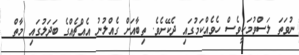
ނުވަތަ ލަސްވުމަކީވެސް ހެވެއްކަމުގައި ދެކޭށެވެ. ތިބާއަށް ގެއްލުނު އެއްޗެއްގެ ބަދަލުގައި މާތް